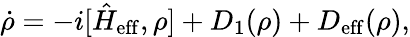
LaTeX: \begin{array}{r}{\dot{\rho}=-i[\hat{H}_{\mathrm{eff}},\rho]+D_{1}(\rho)+D_{\mathrm{eff}}(\rho),}\end{array}